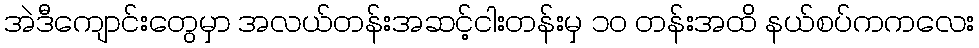
အဲဒီကျောင်းတွေမှာ အလယ်တန်းအဆင့်ငါးတန်းမှ ၁ဝ တန်းအထိ နယ်စပ်ကကလေး